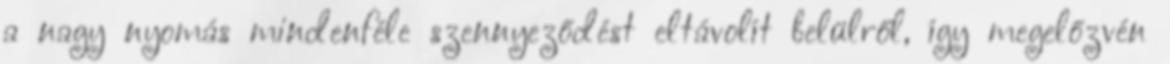
a nagy nyomás mindenféle szennyeződést eltávolít belülről, így megelőzvén